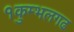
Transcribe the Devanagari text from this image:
१कुम्भलगढ